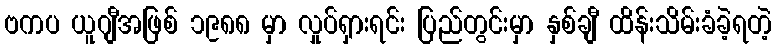
ဗကပ ယူဂျီအဖြစ် ၁၉၈၈ မှာ လှုပ်ရှားရင်း ပြည်တွင်းမှာ နှစ်ချီ ထိန်းသိမ်းခံခဲ့ရတဲ့